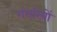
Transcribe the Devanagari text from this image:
गंगरियों